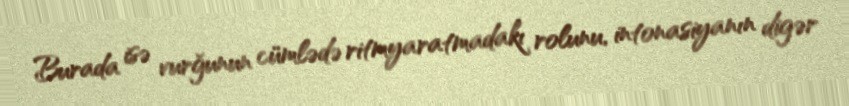
Burada isə vurğunun cümlədə ritmyaratmadakı rolunu, intonasiyanın digər